Bombay plague: being a history of the progress of plague in the Bombay presidency from September 1896 to June 1899
Year: 1896
Disease focus: Plague
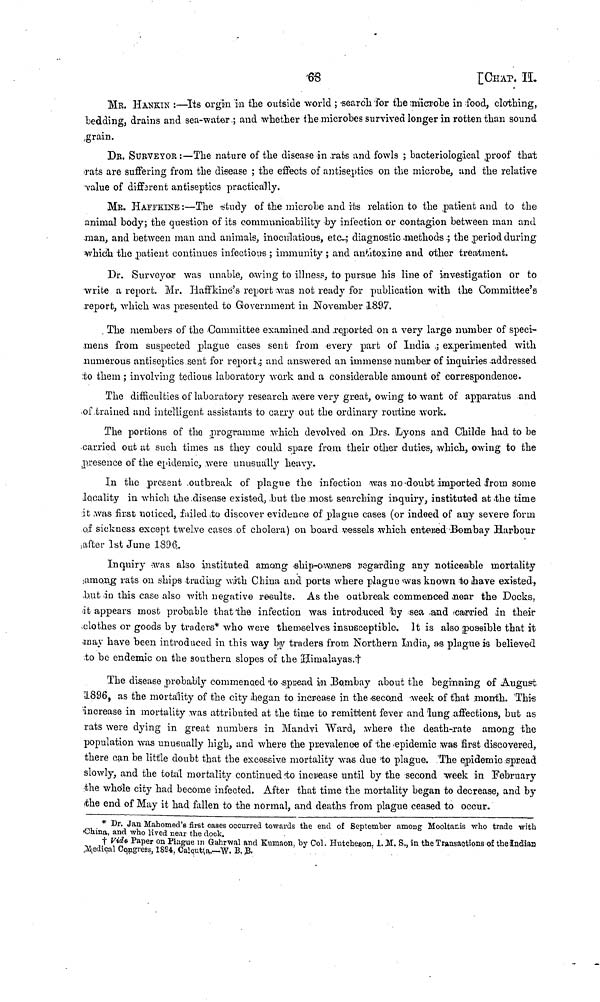
68
[CHAP.
II.
MR. HANKIN :—Its or gin in the outside world ; search for the microbe in food, clothing,
bedding, drains and sea-water ; and whether the microbes survived longer in rotten than sound
grain.
DR. SURVEYOR :—The nature of the disease in rate and fowls ; bacteriological proof that
rats are suffering from the disease ; the effects of antiseptics on the microbe, and the relative
value of different antiseptics practically.
MR. HAFFKINE :—The study of the microbe and its relation to the patient and to the
animal body; the question of its commuonicability by infection or contagion between man and
man, and between man and animals, inoculations, etc.; diagnostic methods ; the period during
which the patient continues infectious ; immunity ; and antitoxine and other treatment.
Dr. Surveyor was unable, owing to illness, to pursue his line of investigation or to
write a report. Mr. Haffkine's report was not ready for publication with the Committee's
report, which was presented to Government in November 1897.
The members of the Committee examined and reported on a very large number of speci-
mens from suspected plague cases sent from every part of India ; experimented with
numerous antiseptics sent for report ; and answered an immense number of inquiries addressed
:to them ; involving tedious laboratory work and a considerable amount of correspondence.
The difficulties of laboratory research were very great, owing to want of apparatus and
of trained and intelligent assistants to carry out the ordinary routine work.
The portions of the programme which devolved on Drs. Lyons and Childe had to be
carried out at such times as they could spare from their other duties, which, owing to the
presence of the epidemic, were unusually heavy.
In the present outbreak of plague the infection was no doubt imparted from some
locality in which the disease existed, but the most searching inquiry, instituted at the time
it was first noticed, failed to discover evidence of plague cases (or indeed of any severe form
of sickness except twelve cases of cholera) on board vessels which entered Bombay Harbour
after 1st June 1896.
Inquiry was also instituted among ship-owners regarding any noticeable mortality
among rats on ships trading with China and ports where plague was known to have existed,
but in this case also with negative results. As the outbreak commenced near the Docks,
it appears most probable that the infection was introduced by sea and carried in their
clothes or goods by traders* who were themselves insusceptible. It is also posssible that it
may have been introduced in this way by traders from Northern India, as plague is believed
to be endemic on the southern slopes of the Himalayas.†
The disease probably commenced to spread in Bombay about the beginning of August
1896, as the mortality of the city began to increase in the second week of that month. This
increase in mortality was attributed at the time to remittent fever and lung affections, but as
rats were dying in great numbers in Mandvi Ward, where the death-rate among the
population was unusually high, and where the prevalence of the epidemic was first discovered,
there can be little doubt that the excessive mortality was due to plague. The epidemic spread
slowly, and the total mortality continued to menease until by the second week in February
the whole city had become infected. After that time the mortality began to decrease, and by
the end of May it had fallen to the normal, and deaths from plague ceased to occur.
* Dr. Jan Mahomed's first cases occurred towards the end of September among Mooltanis who trade with
China, and who lived near the dock.
† Vide Paper on Plague in Gahrwal and Kumaon, by Col. Hutcheaon. 1. M. S., in the Transactions of the Indian
Medical Congress, 1894, Calcutta.—W. B. B.